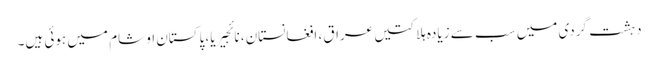
دہشت گردی میں سب سے زیادہ ہلاکتیں عراق، افغانستان، نائجیریا، پاکستان او شام میں ہوئی ہیں۔